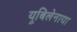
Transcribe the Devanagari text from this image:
यूबिलेनाया